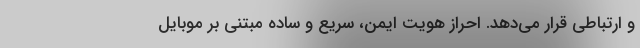
و ارتباطی قرار می‌دهد. احراز هویت ایمن، سریع و ساده مبتنی بر موبایل